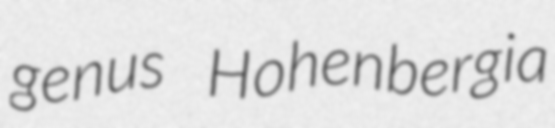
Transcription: genus Hohenbergia